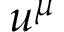
u ^ { \mu }